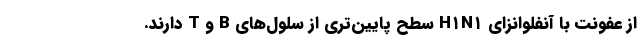
از عفونت با آنفلوانزای H۱N۱ سطح پایین‌تری از سلول‌های B و T دارند.